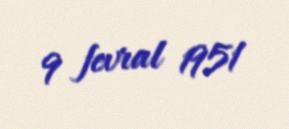
9 fevral 1951